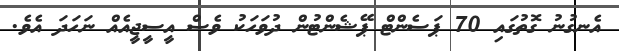
އެނގުނު ގޮތުގައި 70 ޕަސެންޓް ޕޭޝެންޓުން ދުވަހަކު ވެސް އީސީޖީއެއް ނަހަދަ އެވެ.